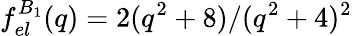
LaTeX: f_{el}^{B_{1}}(q)={2(q^{2}+8)}/{(q^{2}+4)^{2}}